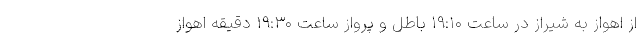
از اهواز به شیراز در ساعت ۱۹:۱۰ باطل و پرواز ساعت ۱۹:۳۰ دقیقه اهواز